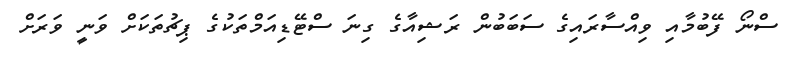
ސްނޯ ފޭބުމާއި ވިއްސާރައިގެ ސަބަބުން ރަޝިއާގެ ގިނަ ސްޓޭޑިއަމްތަކުގެ ޕިޗުތަކަށް ވަނީ ވަރަށް